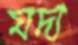
যদা